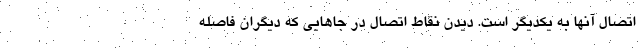
اتصال آنها به یکدیگر است. دیدن نقاط اتصال در جاهایی که دیگران فاصله